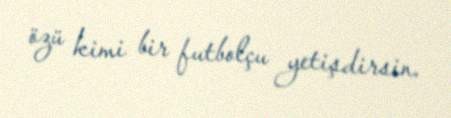
özü kimi bir futbolçu yetişdirsin.